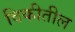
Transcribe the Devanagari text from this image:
विकीतील